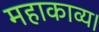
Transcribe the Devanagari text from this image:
महाकाव्य।